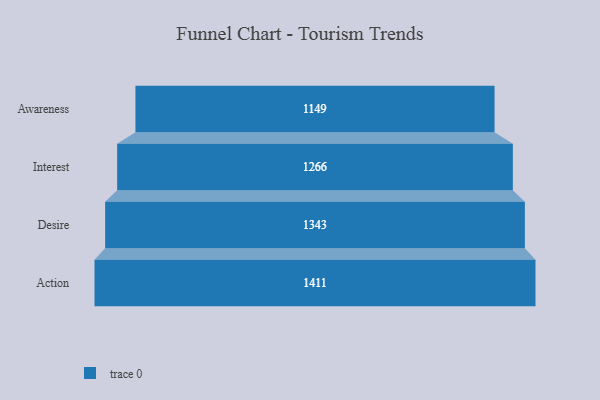
{"axis": {"x": "Stage", "y": "Value"}, "legend": [""], "data": [{"x": "Awareness", "y": 1149.0, "type": ""}, {"x": "Interest", "y": 1266.0, "type": ""}, {"x": "Desire", "y": 1343.0, "type": ""}, {"x": "Action", "y": 1411.0, "type": ""}]}